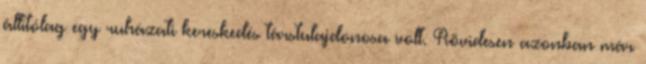
állítólag egy ruházati kereskedés társtulajdonosa volt. Rövidesen azonban már